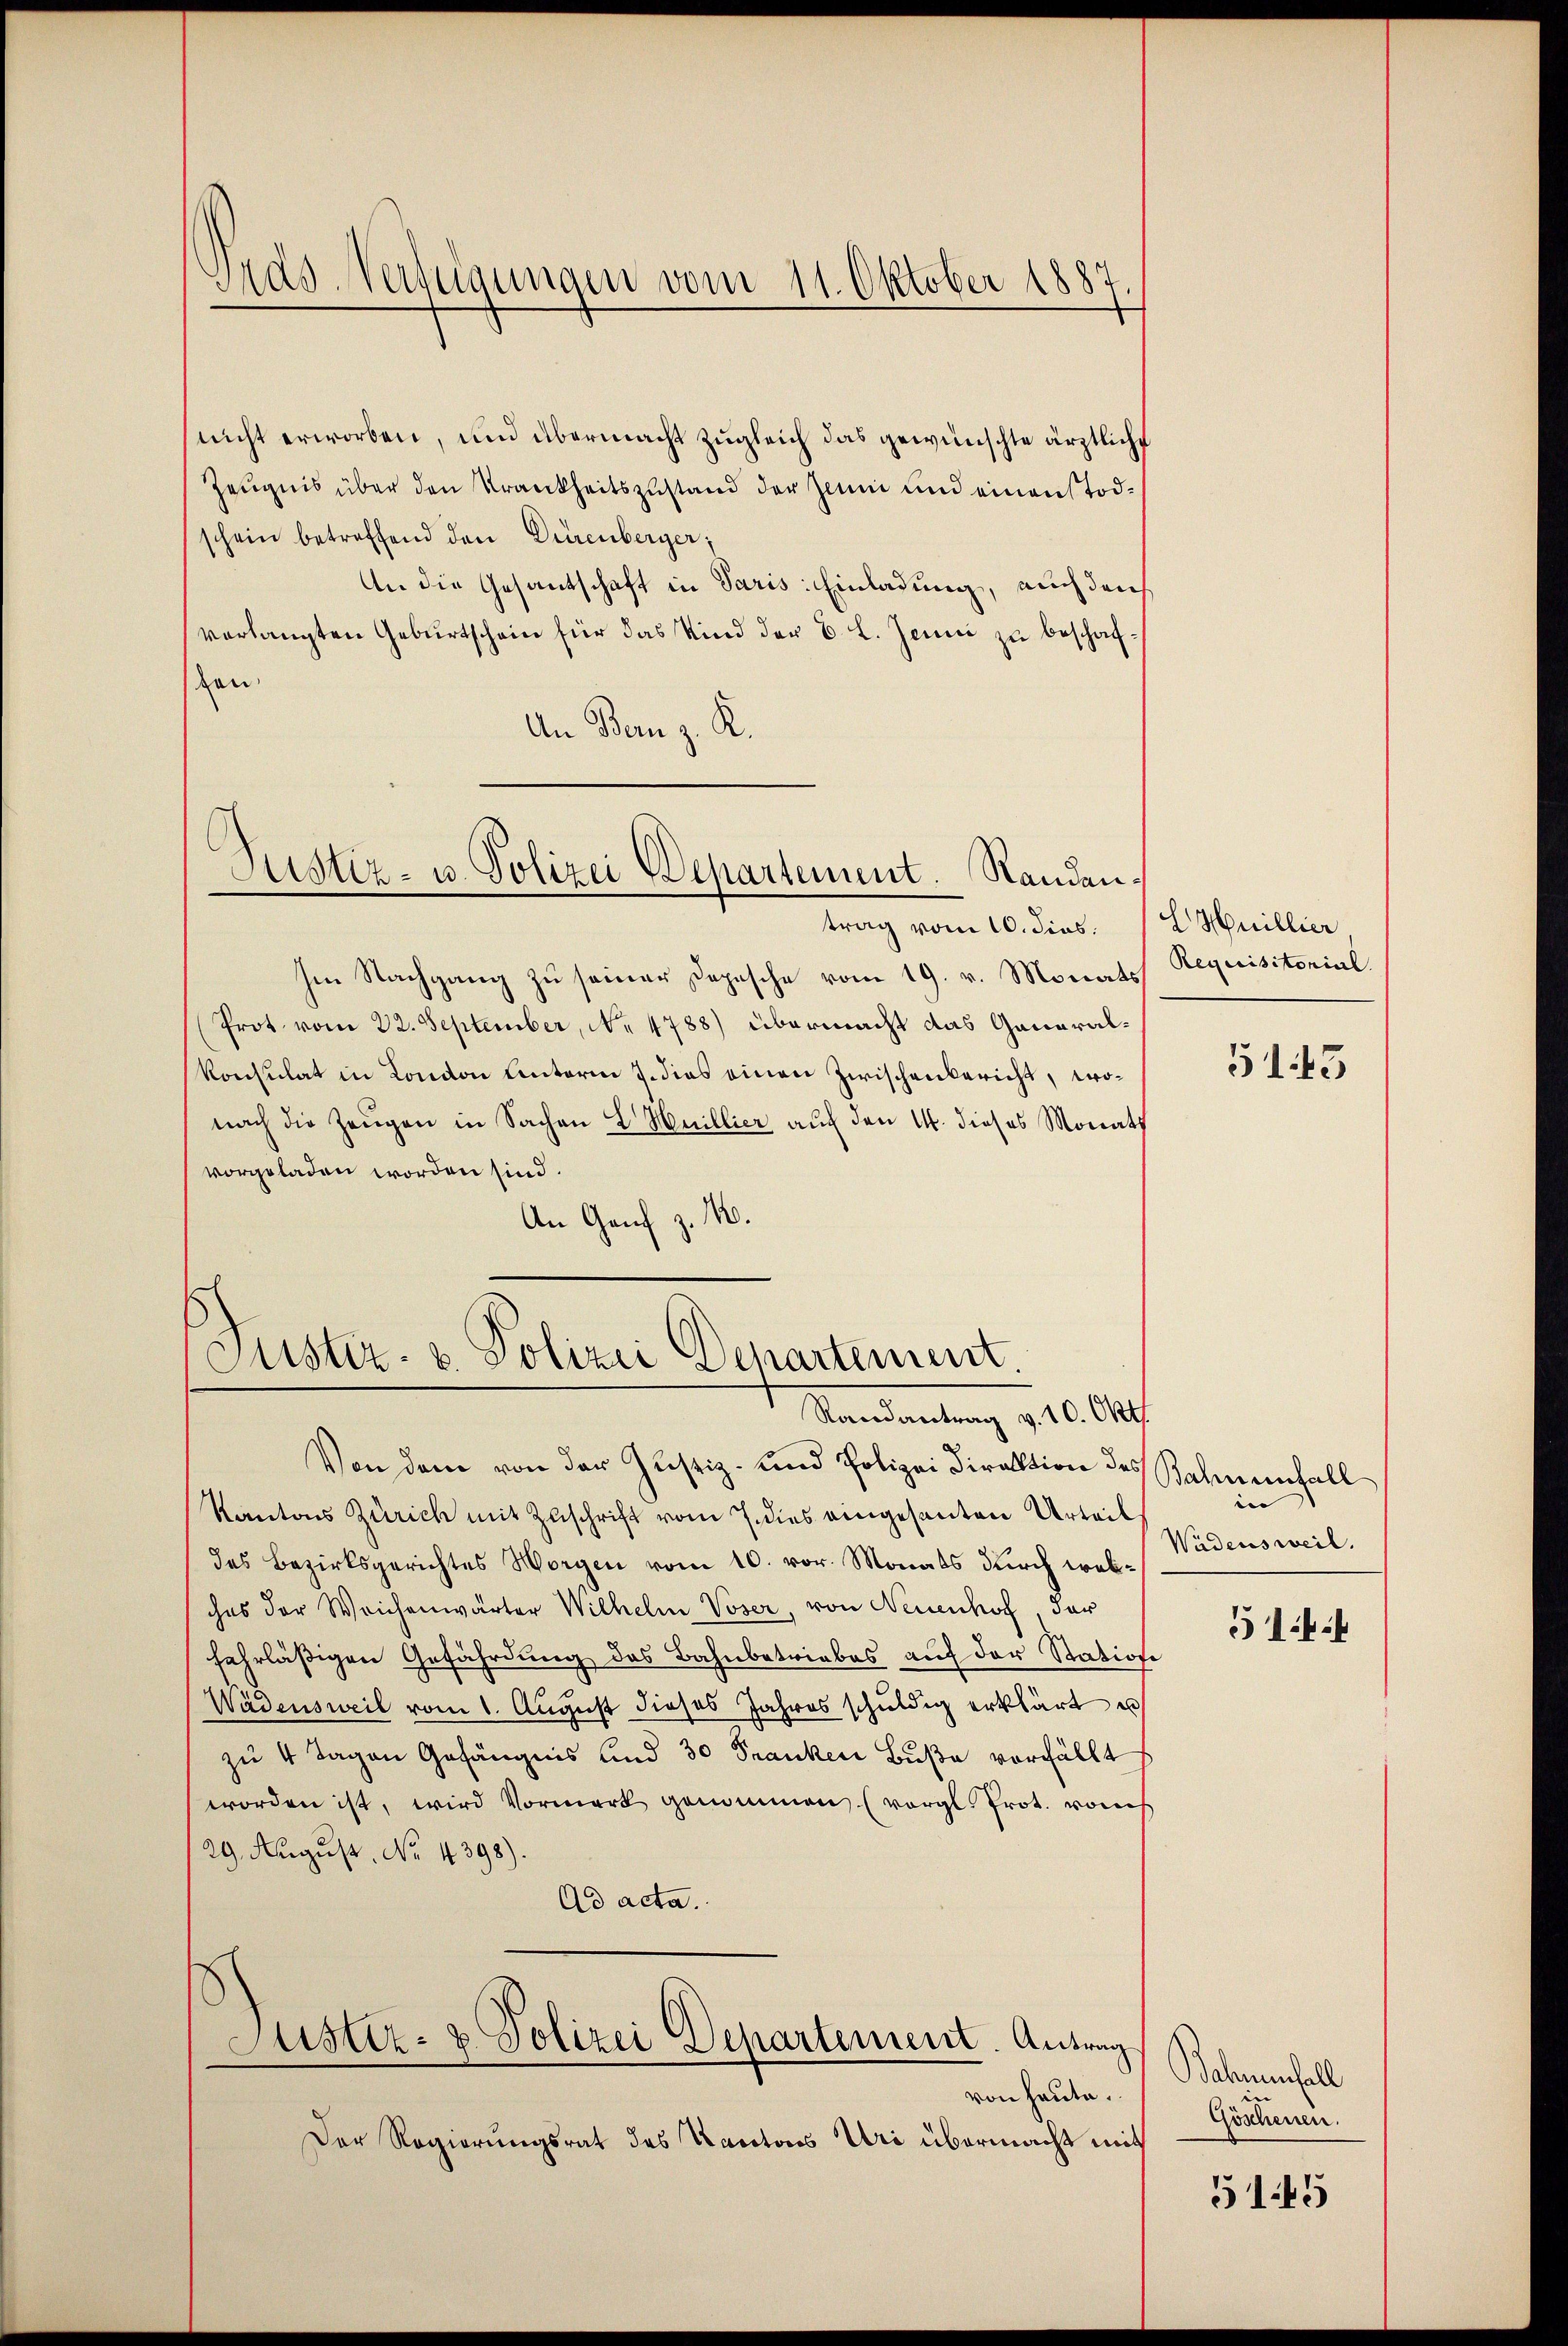
Gras-Verfügungen vom 11. Oktober 1887

nicht erworben, und übermacht zugleich das gewünschte ärztliche
Zeugnis über den Krankheitszustand der Zaum und einen Todschein betreffend den Dürenberger,
An die Gesantschaft in Paris. Einladung, auch den
verlangten Geburtschein für das Kind der B. L. Jenni zu beschafschen.
An Bern z. K.

Im Nachgang zu seiner Depesche vom 19. v. Monats Requisitonial
Prot vom 22. September, No 4788) übermacht das Ganaralkonsulat in London Unterm 7. dies einen Zwischenbericht, wonach die Zeugen in Sachen L. Heillier auf den 1. dieses Monath
vorgeladen worden sind.
An Genf z. B.

Justiz- u. Polizei Departement. Sandantrag vom 10. dies. L Huillier

Juster- u. Polizei Departement
Randantrag v. 10. Okt.

Von dem von der Justiz- und Polizei Direktion des Bahnenfall
Kantons Zürich mit Zuschrift vom 7. dies eingesanten Urteil
des Bezirksgerichtes Worgen vom 10. vor. Monats durch welches der Weichenwärter Wilhelm Voser, von Neuenhof, dar
fahrläßigen Gefährdung des Bahnbetriebes auf der Station
Wädensweil vom 1. August dieses Jahres schŭldig erklärt u
zu 4 Tagen Gefängnis und 30 Franken Buße verfällt
worden ist, wird Vormerk genommen (vergl. Prot. vom
29. August. No. 4398).
Ad acta.

Justiz- & Polizei Departement. Antrag
von heute.

Der Regierungsrat des Kantons Uri übermacht mit

5143

e
Wädensweil.

5144

Bdarmenfall
Göschenen.

515